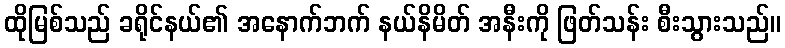
ထိုမြစ်သည် ခရိုင်နယ်၏ အနောက်ဘက် နယ်နိမိတ် အနီးကို ဖြတ်သန်း စီးသွားသည်။